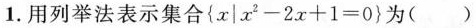
1.用列举法表示集合$$\{x|x^{2}-2x+1=0\}$$为( )